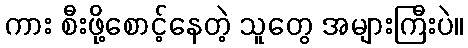
ကား စီးဖို့စောင့်နေတဲ့ သူတွေ အများကြီးပဲ။